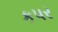
કપર